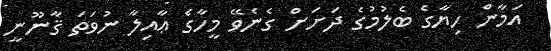
އަމާން ހިޔާގެ ބެލުމުގެ ދަށަށް ގެނެވޭ މީހާގެ ޢާއިލާ ނުވަތަ ޤާނޫނީ